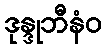
ဒုန္ဒုဘီနံဝ